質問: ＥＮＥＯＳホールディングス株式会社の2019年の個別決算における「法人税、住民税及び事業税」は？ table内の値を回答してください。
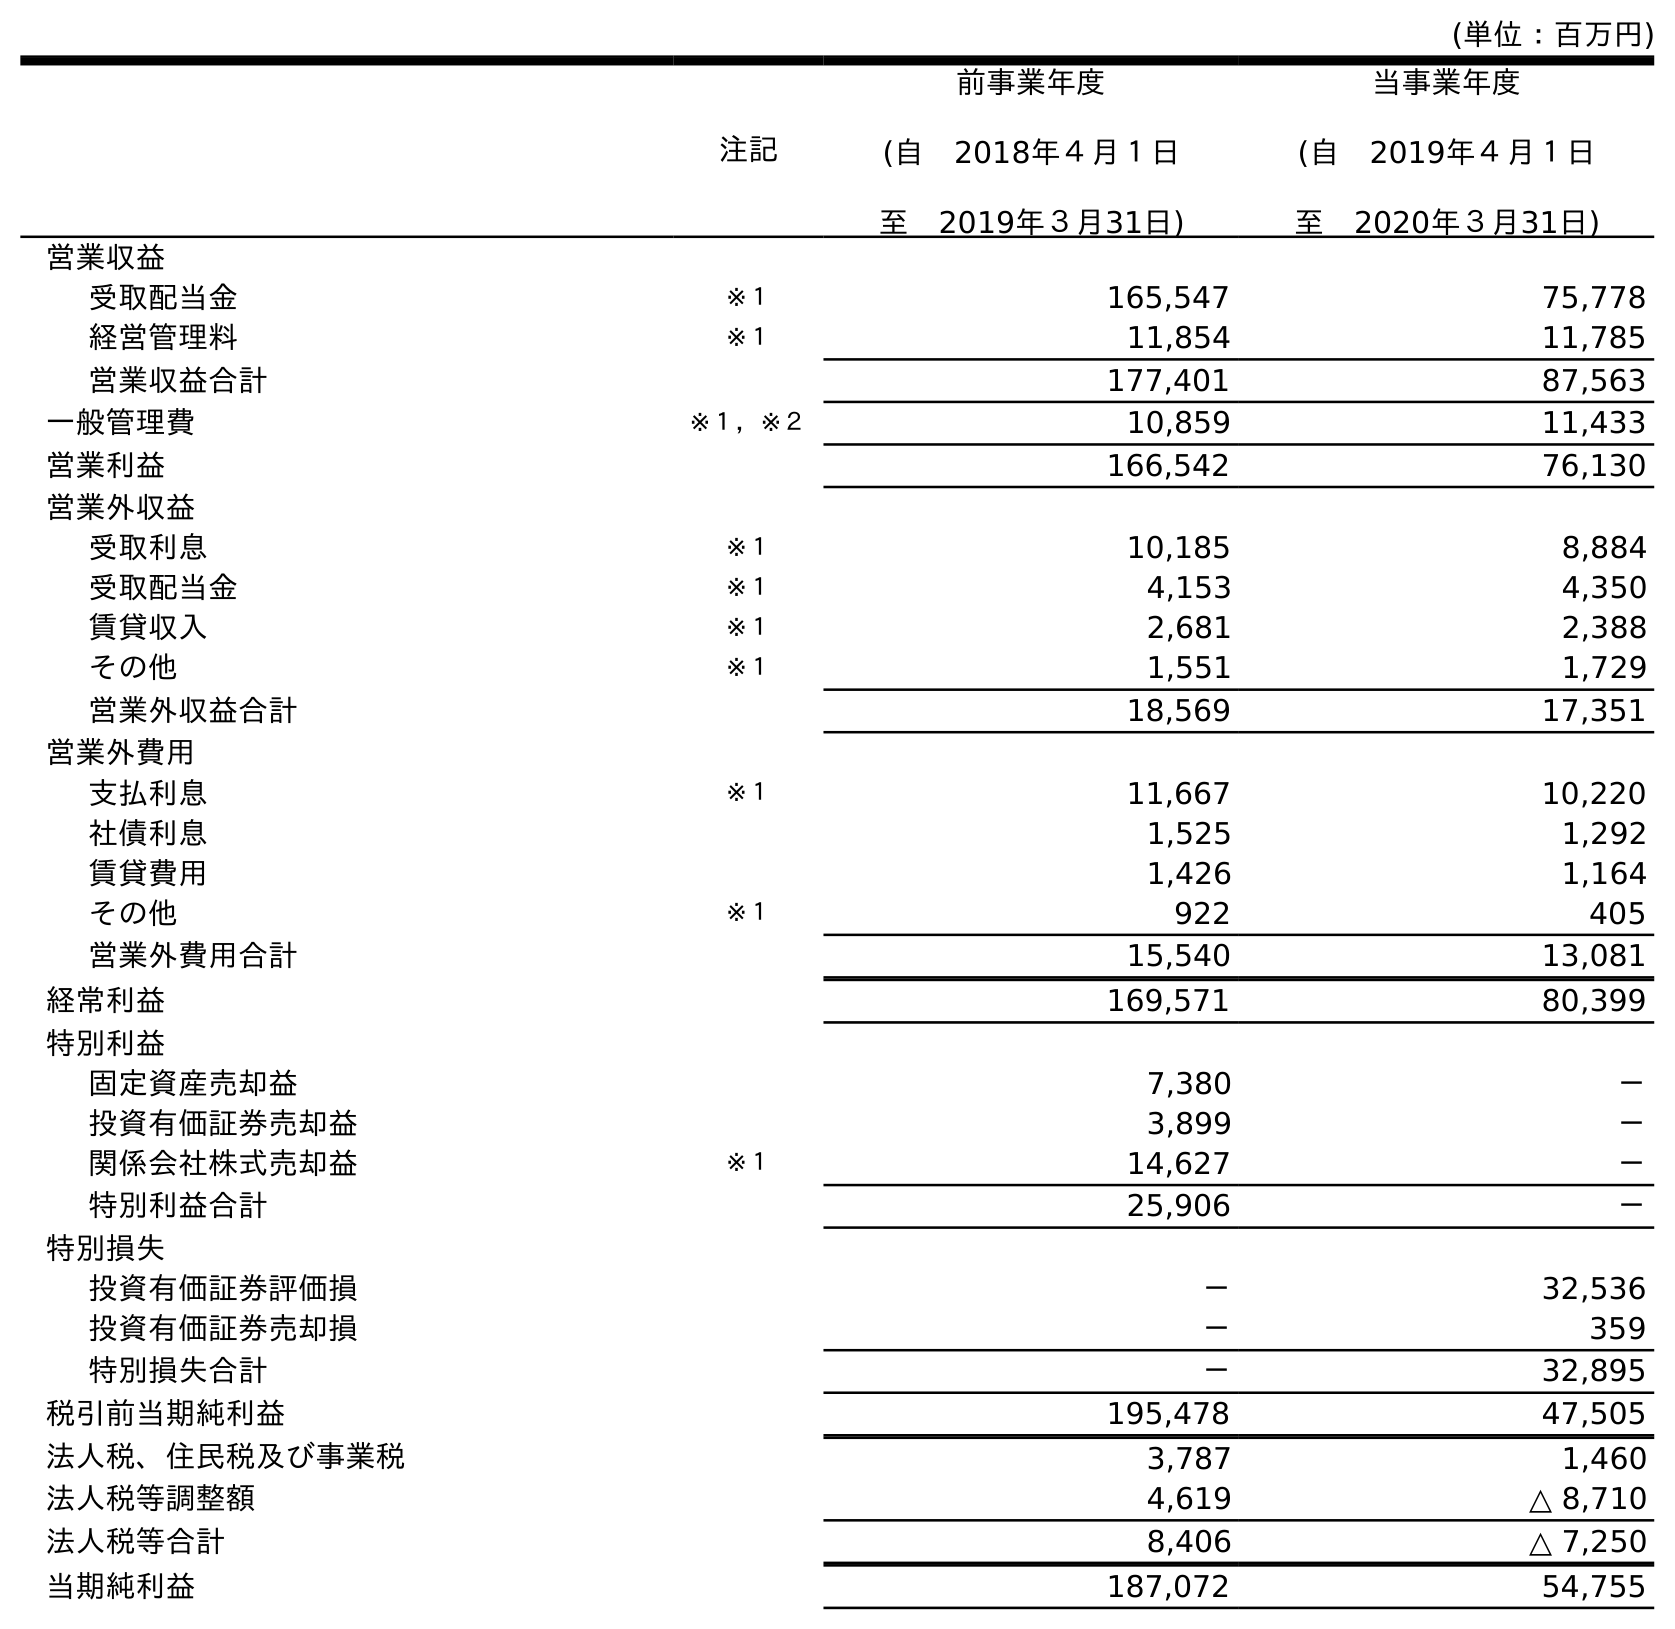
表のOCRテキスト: (単位：百万円) 注記 前事業年度 (自 2018年４月１日 至 2019年３月31日) 当事業年度 (自 2019年４月１日 至 2020年３月31日) 営業収益 受取配当金 ※１ 165,547 75,778 経営管理料 ※１ 11,854 11,785 営業収益合計 177,401 87,563 一般管理費 ※１，※２ 10,859 11,433 営業利益 166,542 76,130 営業外収益 受取利息 ※１ 10,185 8,884 受取配当金 ※１ 4,153 4,350 賃貸収入 ※１ 2,681 2,388 その他 ※１ 1,551 1,729 営業外収益合計 18,569 17,351 営業外費用 支払利息 ※１ 11,667 10,220 社債利息 1,525 1,292 賃貸費用 1,426 1,164 その他 ※１ 922 405 営業外費用合計 15,540 13,081 経常利益 169,571 80,399 特別利益 固定資産売却益 7,380 － 投資有価証券売却益 3,899 － 関係会社株式売却益 ※１ 14,627 － 特別利益合計 25,906 － 特別損失 投資有価証券評価損 － 32,536 投資有価証券売却損 － 359 特別損失合計 － 32,895 税引前当期純利益 195,478 47,505 法人税、住民税及び事業税 3,787 1,460 法人税等調整額 4,619 △ 8,710 法人税等合計 8,406 △ 7,250 当期純利益 187,072 54,755
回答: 3,787